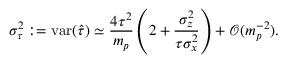
\sigma _ { \tau } ^ { 2 } : = \mathrm { v a r } ( \widehat { \tau } ) \simeq \frac { 4 \tau ^ { 2 } } { m _ { p } } \left( 2 + \frac { \sigma _ { z } ^ { 2 } } { \tau \sigma _ { x } ^ { 2 } } \right) + \mathcal { O } ( m _ { p } ^ { - 2 } ) .